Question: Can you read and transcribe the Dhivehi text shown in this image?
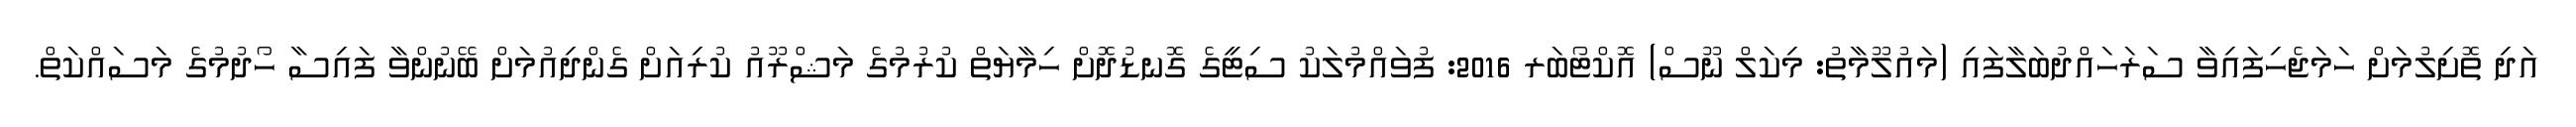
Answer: އަދި ތޮށިލުމަށް ހަމަޖެހިފައިވާ ސަރަހައްދުބަލާފައި (މައުލޫމާތު: މިކަލް ނޫސް) އޮކްޓޯބަރ 2016: ފުވައްމުލަކު ސިޓީގެ ގޮނޑުދޮށް ހިމާޔަތް ކުރުމުގެ މަޝްރޫއު ކުރިއަށް ގެންދިއުމަށް ބޭނުންވާ ފައިސާ ހޯދުމުގެ މަސައްކަތް.